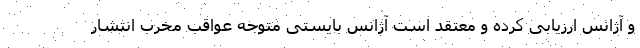
و آژانس ارزیابی کرده و معتقد است آژانس بایستی متوجه عواقب مخرب انتشار